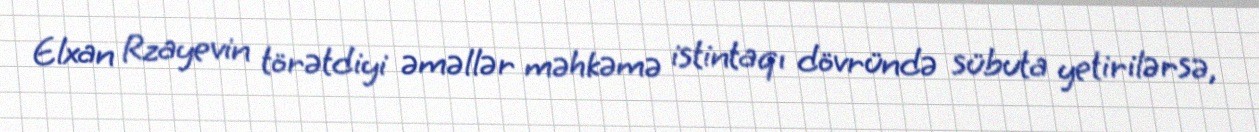
Elxan Rzayevin törətdiyi əməllər məhkəmə istintaqı dövründə sübuta yetirilərsə,